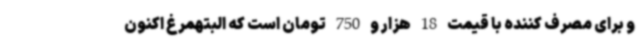
و برای مصرف کننده با قیمت 18 هزار و 750 تومان است که البتهمرغ اکنون